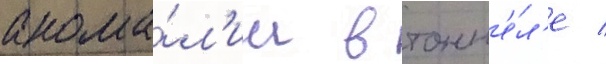
анома́л'ии в тонн'е́л'е /